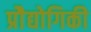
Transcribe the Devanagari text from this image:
प्रोैद्योगिकी